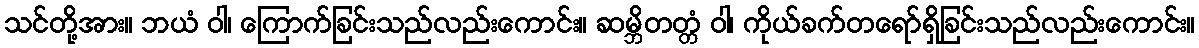
သင်တို့အား။ ဘယံ ဝါ၊ ကြောက်ခြင်းသည်လည်းကောင်း။ ဆမ္ဘိတတ္တံ ဝါ၊ ကိုယ်ခက်တရော်ရှိခြင်းသည်လည်းကောင်း။